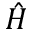
\hat { H }